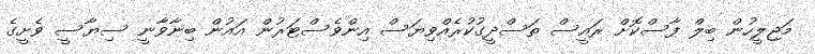
މަޖިލީހުން ބިލް ފާސްކޮށް ރައީސް ތަސްދީގުކުރެއްވިޔަސް އިންވެސްޓަރުން އައުން ބިނާވާނީ ސިޔާސީ ވެށީގެ